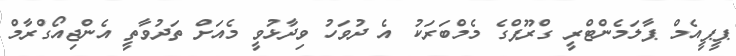
ޕީޕީއެމް ޕާލަމެންޓްރީ ގްރޫޕްގެ މެމްބަރަކު އެ ދުވަހު ވިދާޅުވީ މެއަށް ތަދުވާތީ އެންޖިއޯގްރާމް